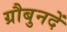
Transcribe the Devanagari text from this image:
ग्रौबुनदें